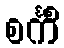
စင်္ကိံ